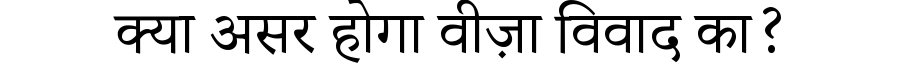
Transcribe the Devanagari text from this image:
क्या असर होगा वीज़ा विवाद का?